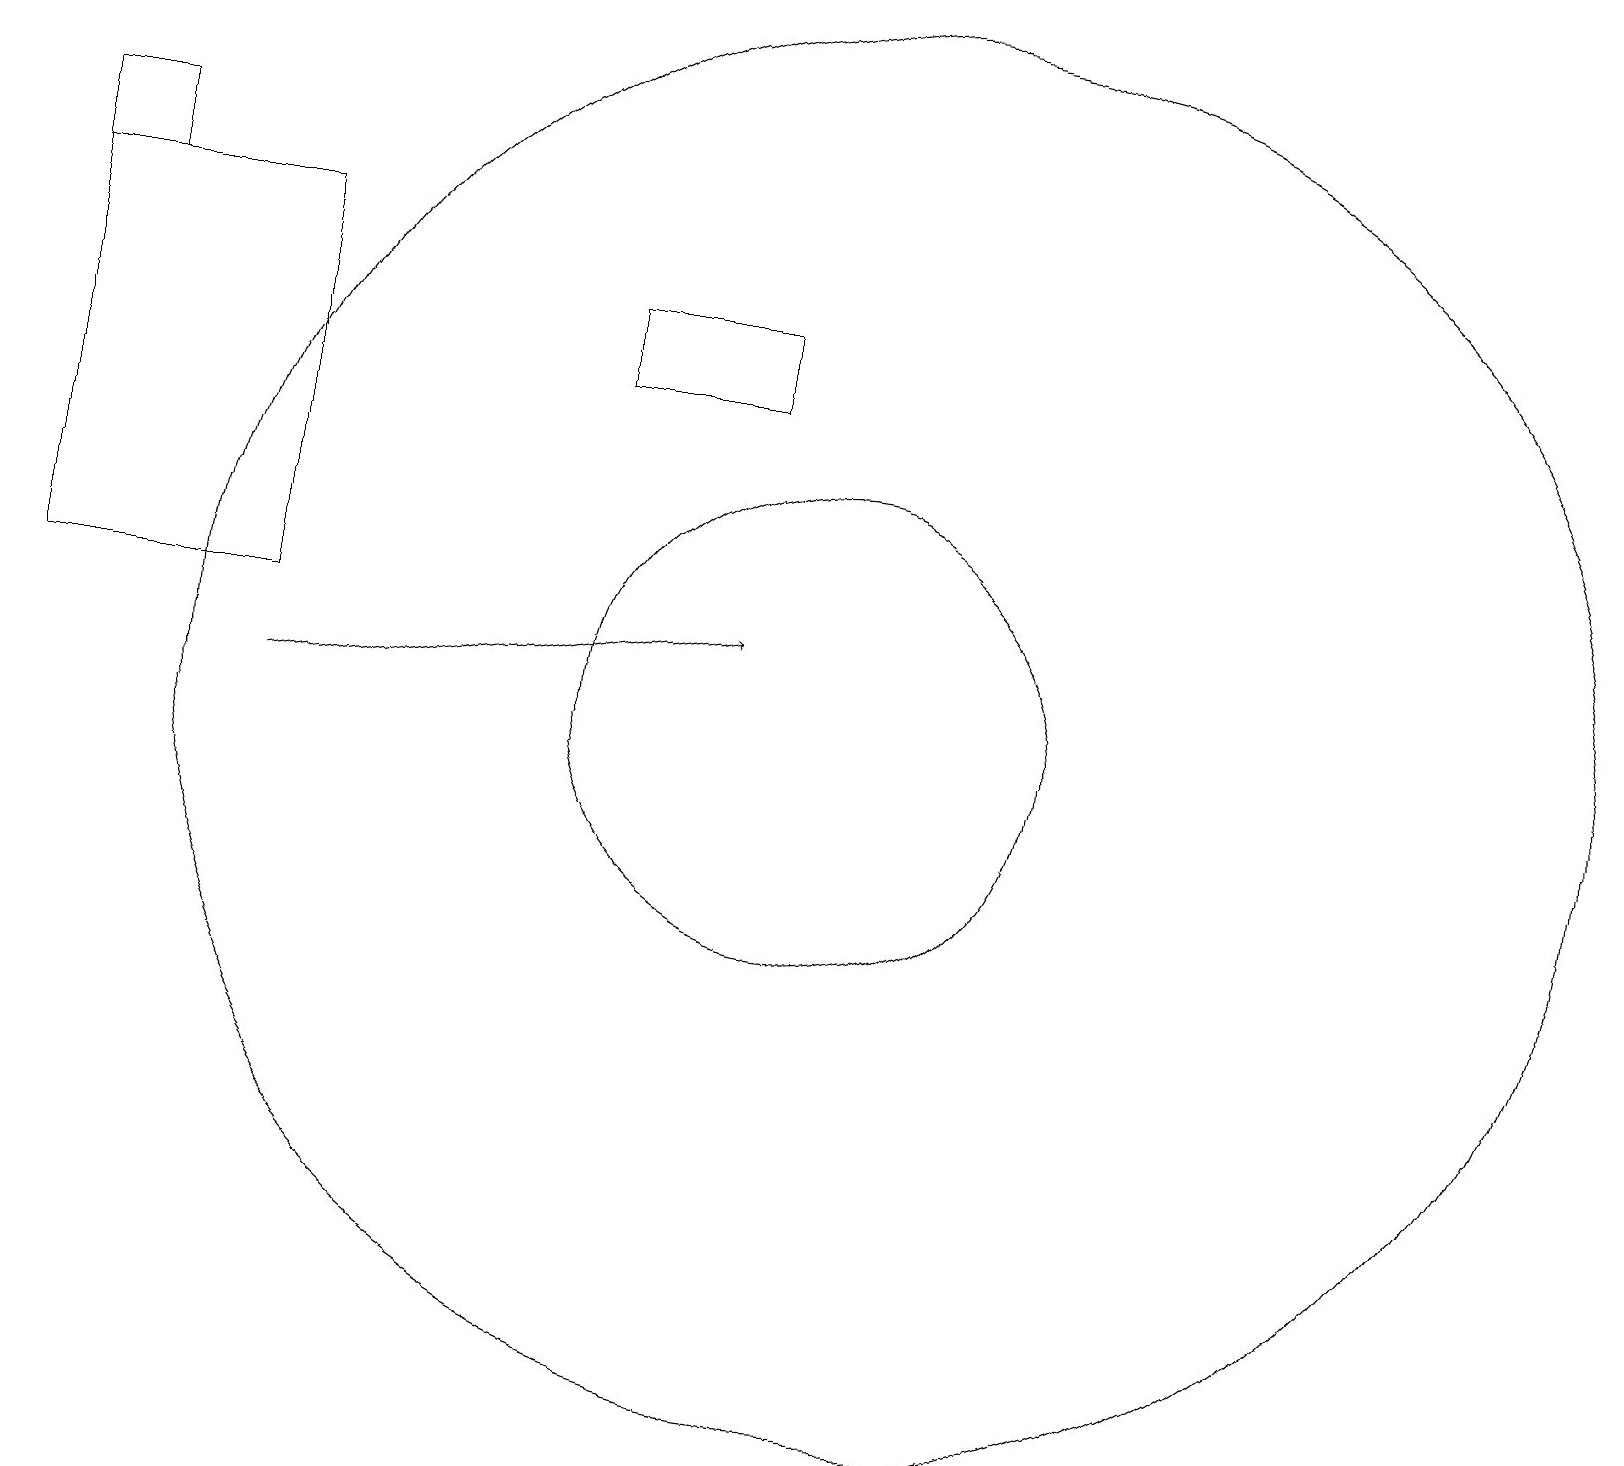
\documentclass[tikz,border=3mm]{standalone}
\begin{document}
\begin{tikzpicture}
\draw (10,10) circle (3);
\draw (0,16) rectangle (3,11);
\draw (1,16) rectangle (0,17);
\draw[->] (3,10) -- (9,11);
\draw (9,14) rectangle (7,15);
\draw (11,10) circle (9);
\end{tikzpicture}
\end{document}